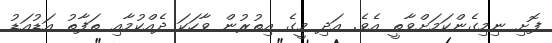
ފޮށި ނިމިގެންކަމަށްވާތީ އެވެ. އަދި މީގެ އިތުރުން ވާހަކަ ދެއްކުމާއި ތަފާތު އަޑުއަޑު